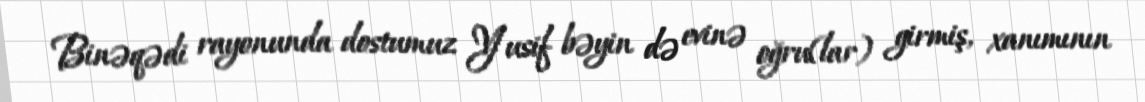
Binəqədi rayonunda dostumuz Yusif bəyin də evinə oğru(lar) girmiş, xanımının